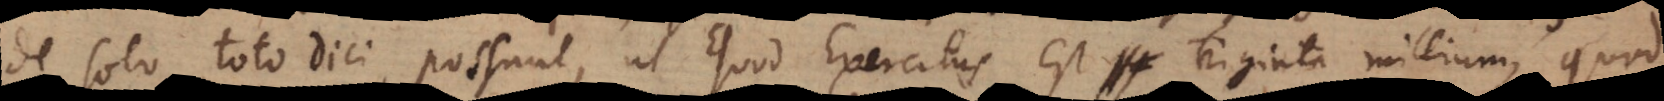
de solo toto dici possunt, ut quod exercitus est triginta millium, quod